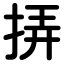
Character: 挵